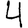
Digit: 4